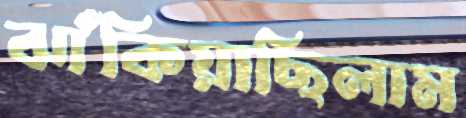
ঝাঁকিয়াছিলাম